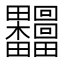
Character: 𰣟